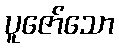
ပူဇော်သော